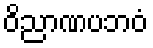
ဝိညာဏပဘဝံ